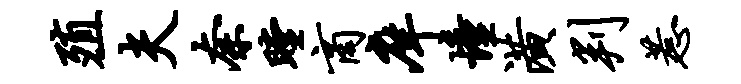
殖夫奈瞠商庠憧潢判惹